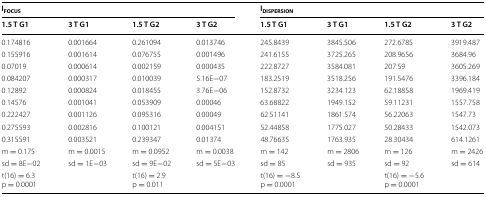
<table><thead><tr><td colspan="4"><b>I<sub>FOCUS</sub></b></td><td colspan="4"><b>I<sub>DISPERSION</sub></b></td></tr><tr><td><b>1.5 T G1</b></td><td><b>3 T G1</b></td><td><b>1.5 T G2</b></td><td><b>3 T G2</b></td><td><b>1.5 T G1</b></td><td><b>3 T G1</b></td><td><b>1.5 T G2</b></td><td><b>3 T G2</b></td></tr></thead><tbody><tr><td>0.174816</td><td>0.001664</td><td>0.261094</td><td>0.013746</td><td>245.8439</td><td>3845.506</td><td>272.6785</td><td>3919.487</td></tr><tr><td>0.155916</td><td>0.001614</td><td>0.076755</td><td>0.001496</td><td>241.6155</td><td>3725.265</td><td>208.9656</td><td>3684.96</td></tr><tr><td>0.07019</td><td>0.000614</td><td>0.002159</td><td>0.000435</td><td>222.8727</td><td>3584.081</td><td>207.59</td><td>3605.269</td></tr><tr><td>0.084207</td><td>0.000317</td><td>0.010039</td><td>5.16E−07</td><td>183.2519</td><td>3518.256</td><td>191.5476</td><td>3396.184</td></tr><tr><td>0.12892</td><td>0.000824</td><td>0.018455</td><td>3.76E−06</td><td>152.8732</td><td>3234.123</td><td>62.18858</td><td>1969.419</td></tr><tr><td>0.14576</td><td>0.001041</td><td>0.053909</td><td>0.00046</td><td>63.68822</td><td>1949.152</td><td>59.11231</td><td>1557.758</td></tr><tr><td>0.222427</td><td>0.001126</td><td>0.095316</td><td>0.00049</td><td>62.51141</td><td>1861.574</td><td>56.22063</td><td>1547.73</td></tr><tr><td>0.275593</td><td>0.002816</td><td>0.100121</td><td>0.004151</td><td>52.44858</td><td>1775.027</td><td>50.28433</td><td>1542.073</td></tr><tr><td>0.315591</td><td>0.003521</td><td>0.239347</td><td>0.01374</td><td>48.76635</td><td>1763.935</td><td>28.30434</td><td>614.1261</td></tr><tr><td>m = 0.175</td><td>m = 0.0015</td><td>m = 0.0952</td><td>m = 0.0038</td><td>m = 142</td><td>m = 2806</td><td>m = 126</td><td>m = 2426</td></tr><tr><td>sd = 8E−02</td><td>sd = 1E−03</td><td>sd = 9E−02</td><td>sd = 5E−03</td><td>sd = 85</td><td>sd = 935</td><td>sd = 92</td><td>sd = 614</td></tr><tr><td colspan="2">t(16) = 6.3p = 0.0001</td><td colspan="2">t(16) = 2.9p = 0.011</td><td colspan="2">t(16) = −8.5p = 0.0001</td><td colspan="2">t(16) = −5.6p = 0.0001</td></tr></tbody></table>